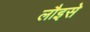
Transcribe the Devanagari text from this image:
लौइसे